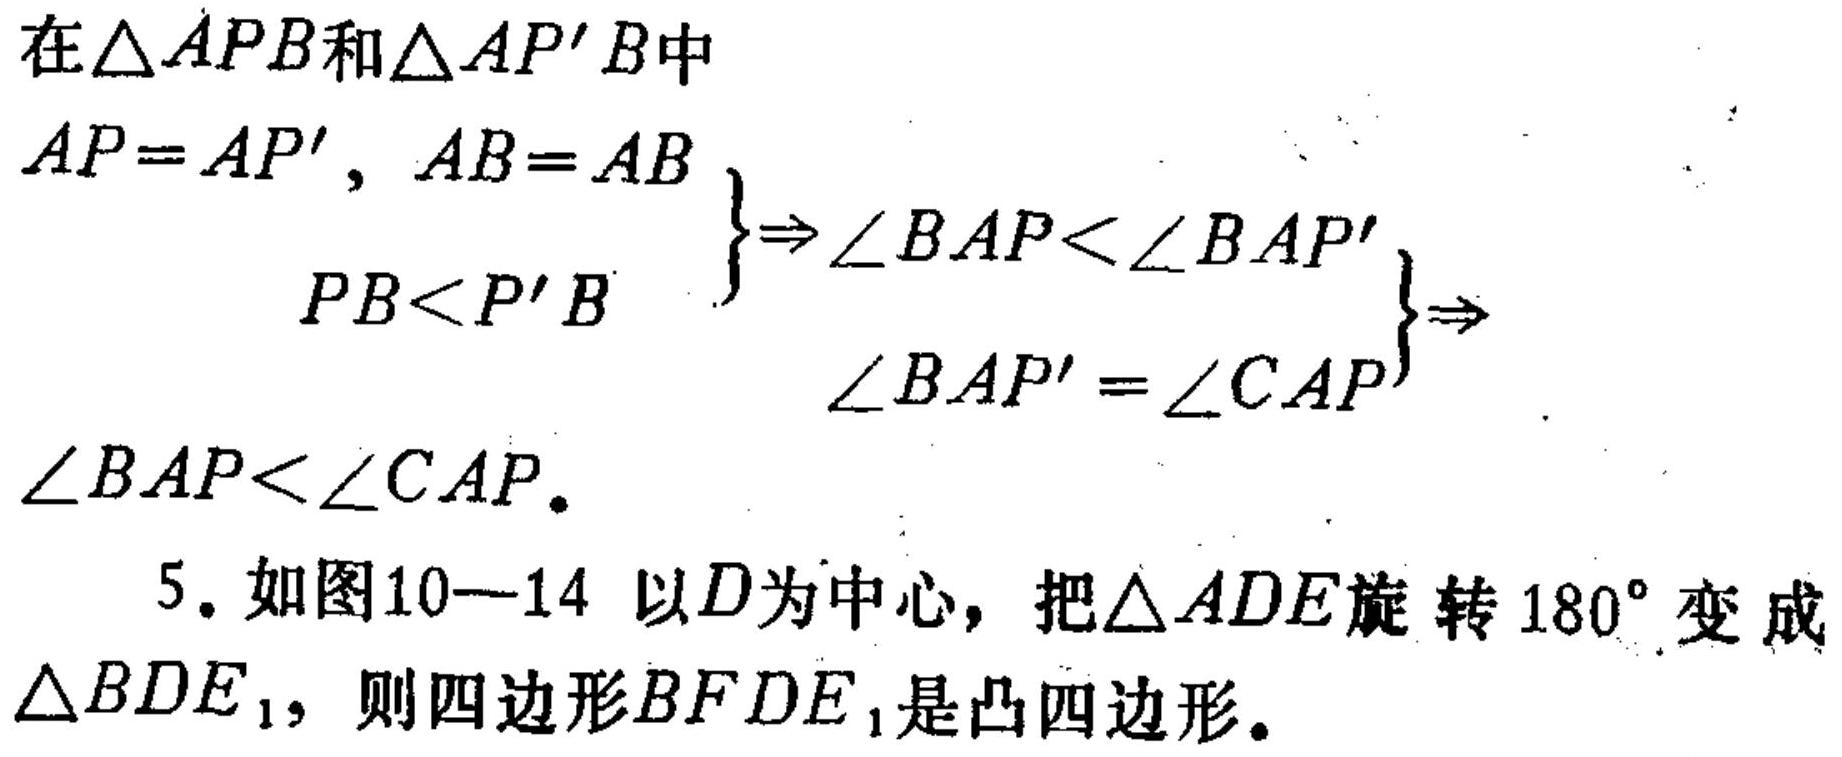
在\(\triangle APB\)和\(\triangle AP'B\)中
\[
\begin{cases}
AP = AP',\ AB = AB\\
PB<P'B
\end{cases}
\Rightarrow
\begin{cases}
\angle BAP<\angle BAP'\\
\angle BAP'=\angle CAP
\end{cases}
\Rightarrow
\angle BAP<\angle CAP.
\]
5. 如图10—14 以\(D\)为中心，把\(\triangle ADE\)旋转\(180^{\circ}\)变成\(\triangle BDE_{1}\)，则四边形\(BFDE_{1}\)是凸四边形。